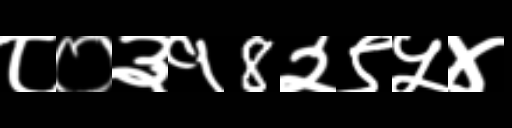
Text: ८०३१8२९५४